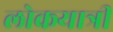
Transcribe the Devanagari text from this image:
लोकयात्री